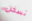
تسخن